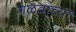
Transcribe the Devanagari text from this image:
गळवांच्या